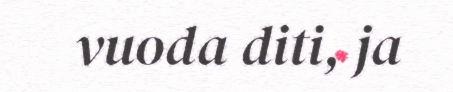
vuoda diti, ja